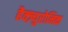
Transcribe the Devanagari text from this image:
हैक्ज़्युरोनिक